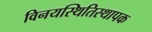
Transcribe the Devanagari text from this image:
विनयस्थितिस्थापक